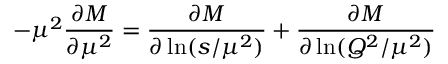
- \mu ^ { 2 } \frac { \partial M } { \partial \mu ^ { 2 } } = \frac { \partial M } { \partial \ln ( s / \mu ^ { 2 } ) } + \frac { \partial M } { \partial \ln ( Q ^ { 2 } / \mu ^ { 2 } ) }